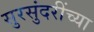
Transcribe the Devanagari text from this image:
सुरसुंदरींच्या